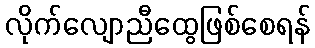
လိုက်လျောညီထွေဖြစ်စေရန်